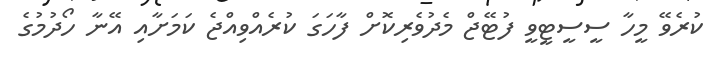
ކުރެވޭ މީހާ ސީސީޓީވީ ފުޓޭޖް މެދުވެރިކޮށް ފާހަގަ ކުރެއްވިއްޖެ ކަމަށާއި އޭނާ ހޯދުމުގެ